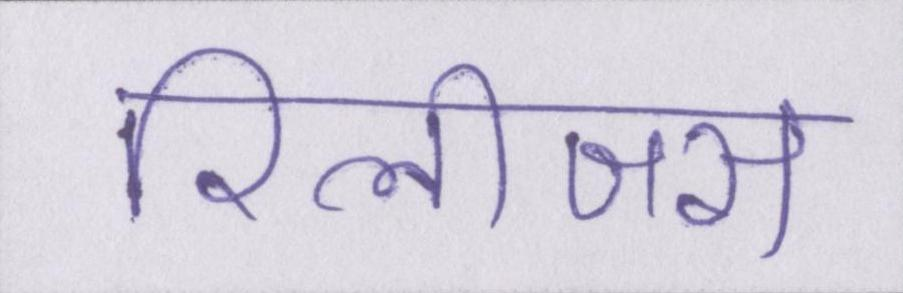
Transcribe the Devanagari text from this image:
रिलीजस